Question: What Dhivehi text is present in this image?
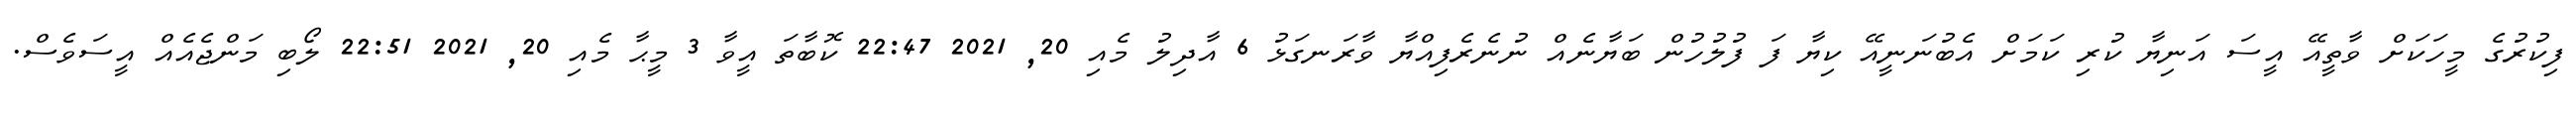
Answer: ފިކުރުގެ މީހަކަށް ވާތީއޭ އީސަ އަނިޔާ ކުރި ކަމަށް އެބުނަނީއޭ ކިޔާ ފަ ފުލުހުން ބަޔާނެއް ނުނެރެފިއްޔާ ވާރަނގަޅު 6 އާދިލު މެއި 20, 2021 22:47 ކޮބާތަ އީވާ 3 މީޙާ މެއި 20, 2021 22:51 ލޯބި މަންޖެއެއް އީސަވެސް.